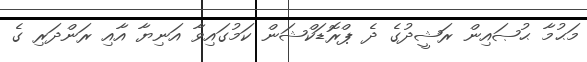
މަޙުމާ ޙުޞައިން ރަޝީދުގެ ދެ ޕްރޮޑަކްޝަން ކަމުގައިވާ އަނިޔާ އާއި ރަންދަރި ގެ